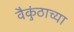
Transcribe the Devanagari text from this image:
वैकुंठाच्या